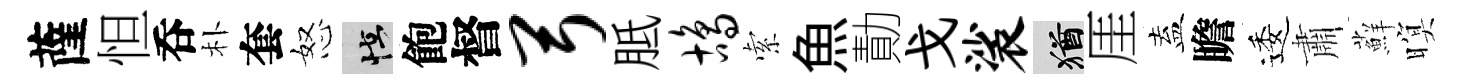
薩怛呑朴套怒怪飽督弓胝鸪索魚勣戈裟酒厓盍瞻逶肅蘚暝